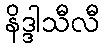
နိဒ္ဒါသီလီ